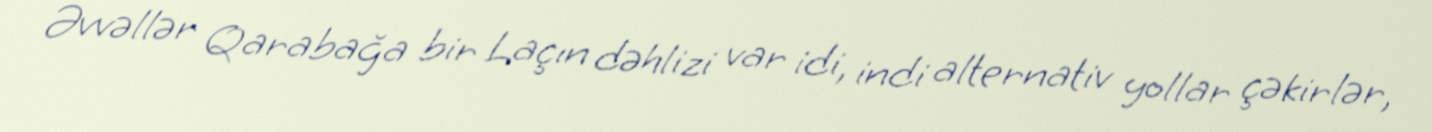
Əvvəllər Qarabağa bir Laçın dəhlizi var idi, indi alternativ yollar çəkirlər,